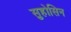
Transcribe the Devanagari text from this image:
सुहोसिन